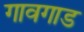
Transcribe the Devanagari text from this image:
गावगाड